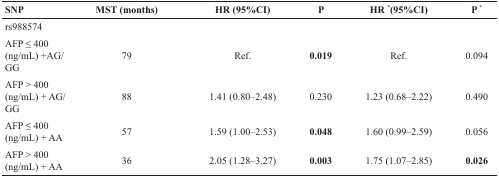
<table><thead><tr><td><b>SNP</b></td><td><b>MST (months)</b></td><td><b>HR (95%CI)</b></td><td><b>P</b></td><td><b>HR *(95%CI)</b></td><td><b>P *</b></td></tr></thead><tbody><tr><td>rs988574</td><td></td><td></td><td></td><td></td><td></td></tr><tr><td>AFP ≤ 400 (ng/mL) +AG/GG</td><td>79</td><td>Ref.</td><td><b>0.019</b></td><td>Ref.</td><td>0.094</td></tr><tr><td>AFP &gt; 400 (ng/mL) + AG/GG</td><td>88</td><td>1.41 (0.80–2.48)</td><td>0.230</td><td>1.23 (0.68–2.22)</td><td>0.490</td></tr><tr><td>AFP ≤ 400 (ng/mL) + AA</td><td>57</td><td>1.59 (1.00–2.53)</td><td><b>0.048</b></td><td>1.60 (0.99–2.59)</td><td>0.056</td></tr><tr><td>AFP &gt; 400 (ng/mL) + AA</td><td>36</td><td>2.05 (1.28–3.27)</td><td><b>0.003</b></td><td>1.75 (1.07–2.85)</td><td><b>0.026</b></td></tr></tbody></table>